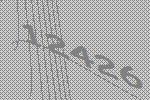
12426